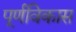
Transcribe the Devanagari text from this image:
पूर्णविकास